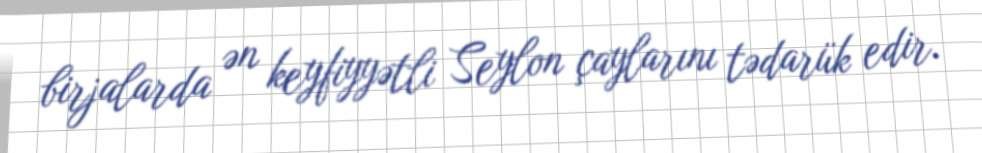
birjalarda ən keyfiyyətli Seylon çaylarını tədarük edir.